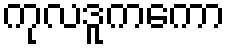
ကုလဒူကကော